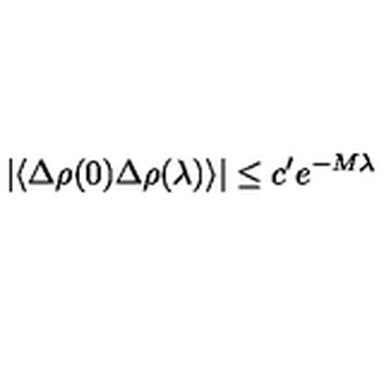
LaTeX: | \langle \Delta \rho ( 0 ) \Delta \rho ( \lambda ) \rangle | \leq c ^ { \prime } e ^ { - M \lambda }